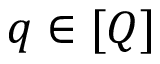
q \in [ Q ]